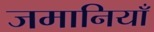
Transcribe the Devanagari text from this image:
जमानियाँ